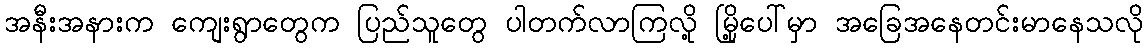
အနီးအနားက ကျေးရွာတွေက ပြည်သူတွေ ပါတက်လာကြလို့ မြို့ပေါ်မှာ အခြေအနေတင်းမာနေသလို